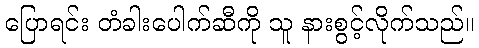
ပြောရင်း တံခါးပေါက်ဆီကို သူ နားစွင့်လိုက်သည်။